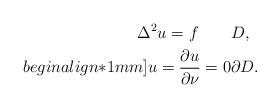
LaTeX: \begin{align*}\Delta^2 u=f \qquad& D,\\begin{align*}1mm]u=\frac{\partial u}{\partial \nu} = 0 & \partial D.\end{align*}